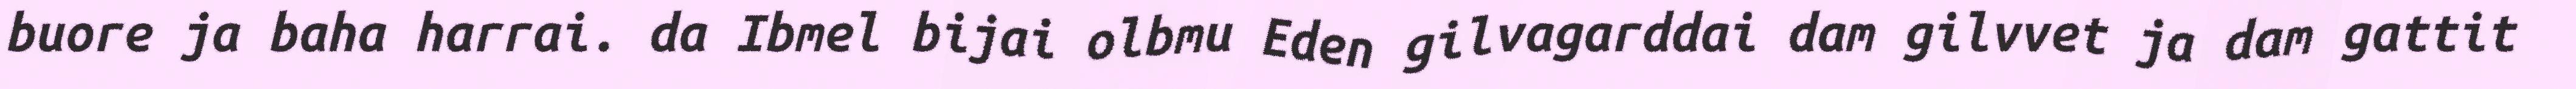
buore ja baha harrai. da Ibmel bijai olbmu Eden gilvagarddai dam gilvvet ja dam gattit